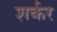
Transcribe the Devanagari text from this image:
शर्कर